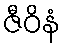
ဇီဝိနံ